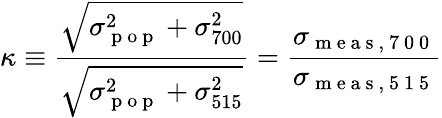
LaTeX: \kappa\equiv\frac{\sqrt{\sigma_{\mathrm{~p~o~p~}}^{2}+\sigma_{700}^{2}}}{\sqrt{\sigma_{\mathrm{~p~o~p~}}^{2}+\sigma_{515}^{2}}}=\frac{\sigma_{\mathrm{~m~e~a~s~,~7~0~0~}}}{\sigma_{\mathrm{~m~e~a~s~,~5~1~5~}}}